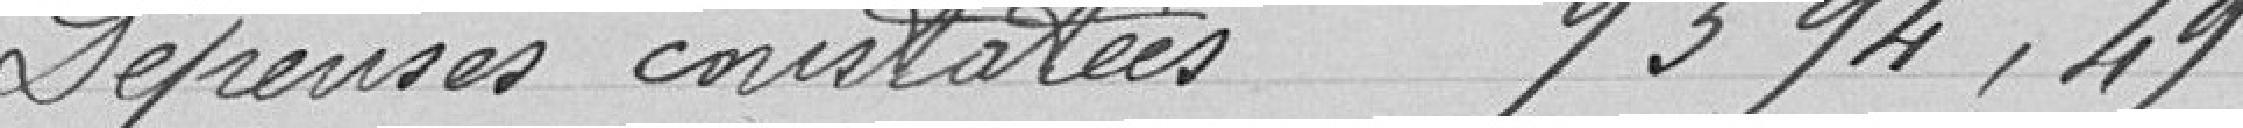
Dépenses constatées 9394,49